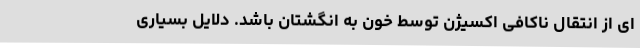
ای از انتقال ناکافی اکسیژن توسط خون به انگشتان باشد. دلایل بسیاری